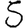
Digit: 5